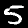
Digit: 5